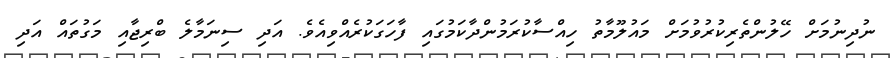
ނުދިނުމަށް ހޭލުންތެރިކުރުވުމަށް މައުލޫމާތު ހިއްސާކުރަމުންދާކަމުގައި ފާހަގަކުރެއްވިއެވެ. އަދި ސިނަމާލެ ބްރިޖާއި މަގުތައް އަދި